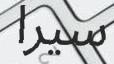
سيرا